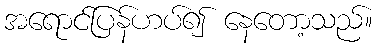
အရောင်ပြန်ဟပ်၍ နေတော့သည်။